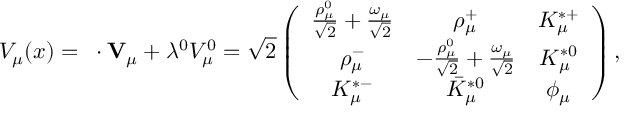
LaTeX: V _ { \mu } ( x ) = { \bf \lambda \cdot V } _ { \mu } + \lambda ^ { 0 } V _ { \mu } ^ { 0 } = \sqrt { 2 } \left( \begin{array} { c c c } { { \frac { \rho _ { \mu } ^ { 0 } } { \sqrt { 2 } } + \frac { \omega _ { \mu } } { \sqrt { 2 } } } } & { { \rho _ { \mu } ^ { + } } } & { { K _ { \mu } ^ { * + } } } \\ { { \rho _ { \mu } ^ { - } } } & { { - \frac { \rho _ { \mu } ^ { 0 } } { \sqrt { 2 } } + \frac { \omega _ { \mu } } { \sqrt { 2 } } } } & { { K _ { \mu } ^ { * 0 } } } \\ { { K _ { \mu } ^ { * - } } } & { { \bar { K } _ { \mu } ^ { * 0 } } } & { { \phi _ { \mu } } } \end{array} \right) ,